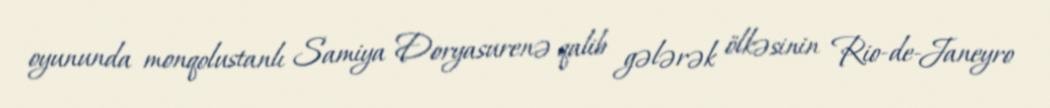
oyununda monqolustanlı Samiya Doryasurenə qalib gələrək ölkəsinin Rio-de-Janeyro